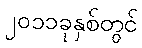
၂၀၁၁ခုနှစ်တွင်